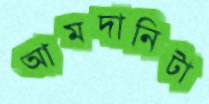
আমদানিটা